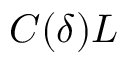
C ( \delta ) L